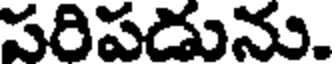
పరిపడును.